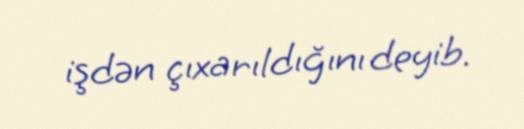
işdən çıxarıldığını deyib.